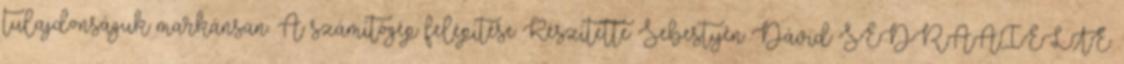
tulajdonságuk markánsan. A számítógép felépítése Készítette: Sebestyén Dávid SEDRAAI.ELTE.